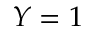
Y = 1